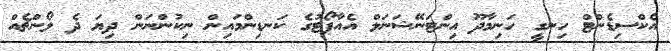
އެކްސިޑެންޓް ހިނގީ ހަނިމާދޫ އިންޓަނޭޝަނަލް އެއާޕޯޓުގެ ކަނޑިންމައިން ނިކުންނަން ދިޔަ ދެ ލޯންޗެއް